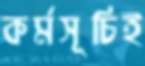
কর্মসূচিই